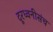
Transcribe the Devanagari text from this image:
दूरध्वनीसंच